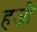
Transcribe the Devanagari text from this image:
हजी